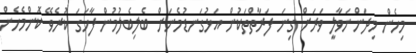
މިހެން މިދަންނަވާލީ ވަރަށް ގިނަ ފަރާތްތަކުން އަޅުގަނޑުމެނަށް ބެލިބެލުމުން ފާހަގަ ކުރެވޭ ކޮންމެހެން